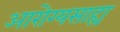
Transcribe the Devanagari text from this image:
आरोग्यसाह्य